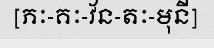
[ភៈ-គៈ-វ័ន-តៈ-មុនី]